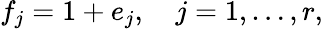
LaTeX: f_{j}=1+e_{j},\quad j=1,\ldots,r,